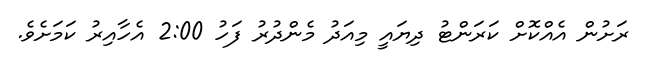
ރަށުން އެއްކޮށް ކަރަންޓު ދިޔައީ މިއަދު މެންދުރު ފަހު 2:00 އެހާއިރު ކަމަށެވެ.